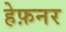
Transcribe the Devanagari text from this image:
हेफ़नर